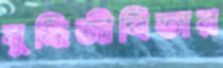
বুদ্ধিজীবিতার